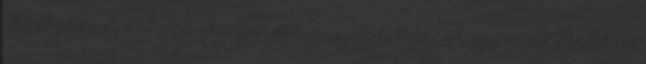
WC-pumpával érkezik. Nyugdíj, nyugdíjkorhatár, nyugdíjkalkulátor A nyugdíjas évek ellehetetlenítése